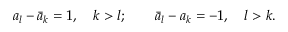
a _ { l } - \bar { a } _ { k } = 1 , \quad k > l ; \quad \quad \bar { a } _ { l } - a _ { k } = - 1 , \quad l > k .